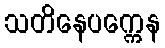
သတိနေပက္ကေန